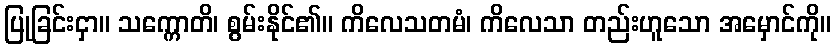
ပြုခြင်းငှာ။ သက္ကောတိ၊ စွမ်းနိုင်၏။ ကိလေသတမံ၊ ကိလေသာ တည်းဟူသော အမှောင်ကို။